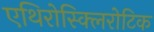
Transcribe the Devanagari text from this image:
एथिरोस्क्लिरोटिक